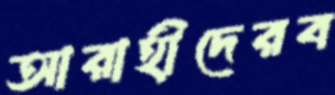
আরাহীদেরব